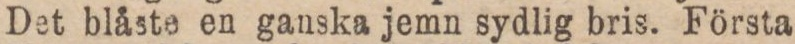
Det blåste en ganska jemn sydlig bris. Första